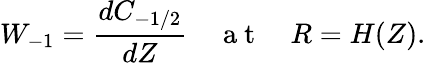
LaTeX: W_{-1}=\frac{dC_{-1/2}}{dZ}\quad\mathrm{~a~t~}\quad R=H(Z).